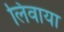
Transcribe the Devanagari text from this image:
लिवाया